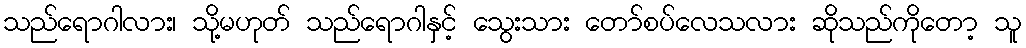
သည်ရောဂါလား၊ သို့မဟုတ် သည်ရောဂါနှင့် သွေးသား တော်စပ်လေသလား ဆိုသည်ကိုတော့ သူ